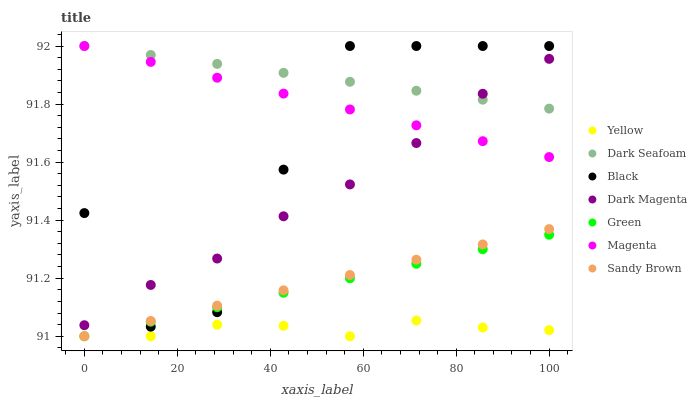
| xaxis_label | Yellow | Dark Seafoam | Black | Dark Magenta | Green | Magenta | Sandy Brown |
 | --- | --- | --- | --- | --- | --- | --- | --- |
 | 0 | 91 | 92 | 91.4 | 91 | 91 | 92 | 91 |
 | 14.3 | 91 | 92 | 91 | 91.2 | 91 | 91.9 | 91.1 |
 | 28.6 | 91 | 91.9 | 91.1 | 91.3 | 91.1 | 91.9 | 91.1 |
 | 42.9 | 91 | 91.9 | 91.6 | 91.4 | 91.1 | 91.8 | 91.2 |
 | 57.1 | 91 | 91.9 | 92 | 91.5 | 91.2 | 91.8 | 91.2 |
 | 71.4 | 91.1 | 91.8 | 92 | 91.7 | 91.2 | 91.7 | 91.3 |
 | 85.7 | 91 | 91.8 | 92 | 91.8 | 91.3 | 91.7 | 91.3 |
 | 100 | 91 | 91.8 | 92 | 92 | 91.3 | 91.6 | 91.4 |